Vaccination Hyderabad 1872-1889 - 1872-1889
Year: 1872
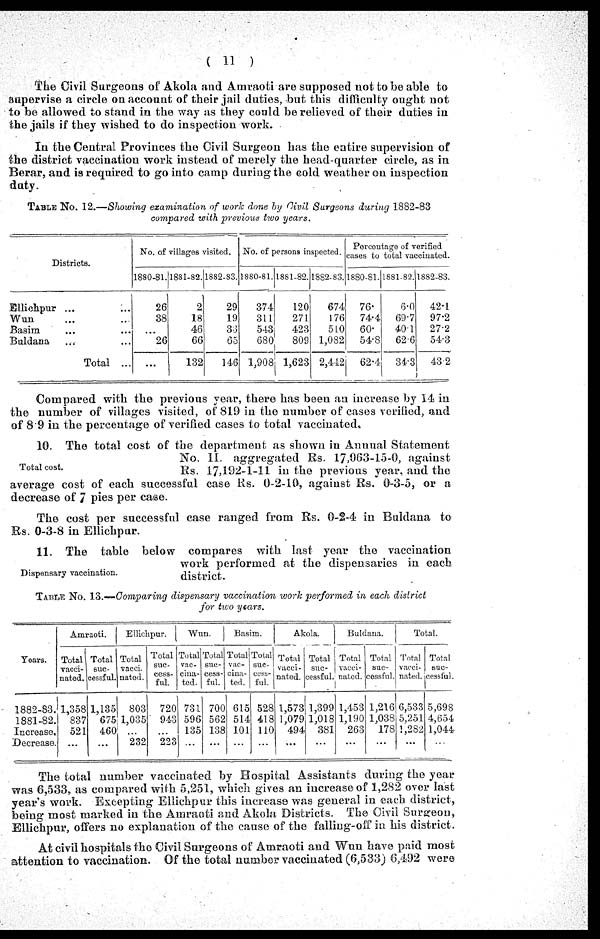
( 11 )
The Civil Surgeons of Akola and Amraoti are supposed not to be able to
supervise a circle on account of their jail duties, but this difficulty ought not
to be allowed to stand in the way as they could be relieved of their duties in
the jails if they wished to do inspection work.
In the Central Provinces the Civil Surgeon has the entire supervision of
the district vaccination work instead of merely the head-quarter circle, as in
Berar, and is required to go into camp during the cold weather on inspection
duty.
TABLE No. 12.—Showing examination of work done by Civil Surgeons during 1882-83
compared with previous two years.
Districts.
Ellichpur ...
...
Wun ... ...
Basim ... ...
Buldana ... ...
Total ...
No. of villages visited.
1880-81.
26
38
...
26
...
1881-82.
2
18
46
66
132
1882-83.
29
19
33
65
146
No. of persons inspected.
1880-81.
374
311
543
680
1,908
1881-82.
120
271
423
809
1,623
1882-83.
674
176
410
1,082
2,442
Percentage of verified
cases to total vaccinated.
1880-81.
76.
74.4
60.
54.8
62.4
1881-82.
6.0
69.7
40.1
62.6
34.3
1882-83.
42.1
97.2
27.2
54.3
43.2
Compared with the previous year, there has been an increase by 14 in
the number of villages visited, of 819 in the number of cases verified, and
of 8.9 in the percentage of verified cases to total vaccinated.
Total cost.
10. The total cost of the department as shown in Annual Statement
No. II. aggregated Rs. 17,063-15-0, against
Rs. 17,192-1-11 in the previous year, and the
average cost of each successful case Rs. 0-2-10, against Rs. 0-3-5, or a
decrease of 7 pies per case.
The cost per successful case ranged from Rs. 0-2-4 in Buldana to
Rs. 0-3-8 in Ellichpur.
Dispensary vaccination.
11. The table below compares with last year the vaccination
work performed at the dispensaries in each
district.
TABLE No. 13.—Comparing dispensary vaccination work performed in each district
for two years.
Years.
1882-83.
1881-82.
Increase.
Decrease.
Amraoti.
Total
vacci-
nated.
1,358
837
521
...
Total
suc-
cessful.
1,135
675
460
...
Ellichpur.
Total
vacci.
nated.
803
1,035
...
232
Total
suc-
cess-
ful.
720
943
...
223
Wun.
Total
vac-
cina-
ted.
731
596
135
...
Total
suc-
cess-
ful.
700
562
138
...
Basim.
Total
vac-
cina-
ted.
615
514
101
...
Total
suc-
cess-
ful.
528
418
110
...
Akola.
Total
vacci-
nated.
1,573
1,079
494
...
Total
suc-
cessful.
1,399
1,018
381
...
Buldana.
Total
vacci-
nated.
1,453
1,190
263
...
Total
suc-
cessful.
1,216
1,038
178
...
Total.
Total
vacci-
nated.
6,533
5,251
1,282
...
Total
suc-
cessful.
5,698
4,654
1,044
...
The total number vaccinated by Hospital Assistants during the year
was 6,533, as compared with 5,251, which gives an increase of 1,282 over last
year's work. Excepting Ellichpur this increase was general in each district,
being most marked in the Amraoti and Akola Districts. The Civil Sursreon,
Ellichpur, offers no explanation of the cause of the falling-off in his district.
At civil hospitals the Civil Surgeons of Amraoti and Wun have paid most
attention to vaccination. Of the total number vaccinated (6,533) 6,492 were